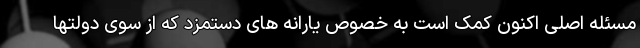
مسئله اصلی اکنون کمک است به خصوص یارانه های دستمزد که از سوی دولتها